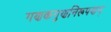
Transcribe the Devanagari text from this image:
गणकगुणनिरूपणम्